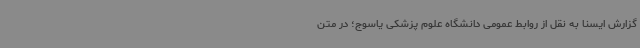
گزارش ایسنا به نقل از روابط عمومی دانشگاه علوم پزشکی یاسوج؛ در متن